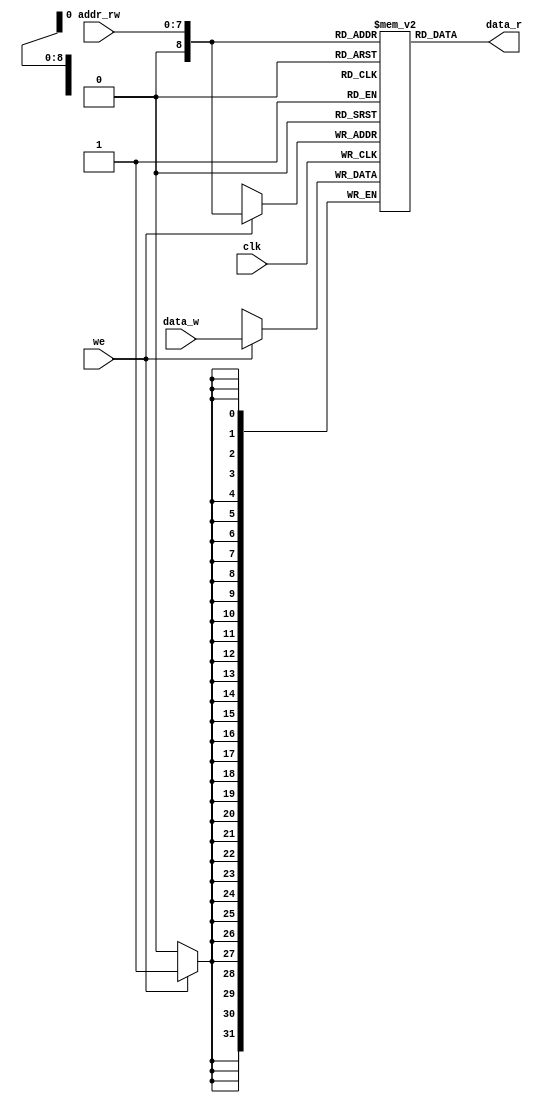
`timescale 1ns / 1ps
`default_nettype none

module mem_ram(
	input wire clk,
	input wire [7:0] addr_rw,
	input wire we,
	input wire [31:0] data_w,
	output wire [31:0] data_r
);

	reg [31:0] ram_array [0:256];

	/*initial begin
		$readmemh("data.txt", ram_array, 0, 15);
	end*/
	
	always @ (posedge clk) begin
		if (we) begin
			ram_array[addr_rw] <= data_w;
		end
	end
	
	assign data_r = ram_array[addr_rw];   

endmodule